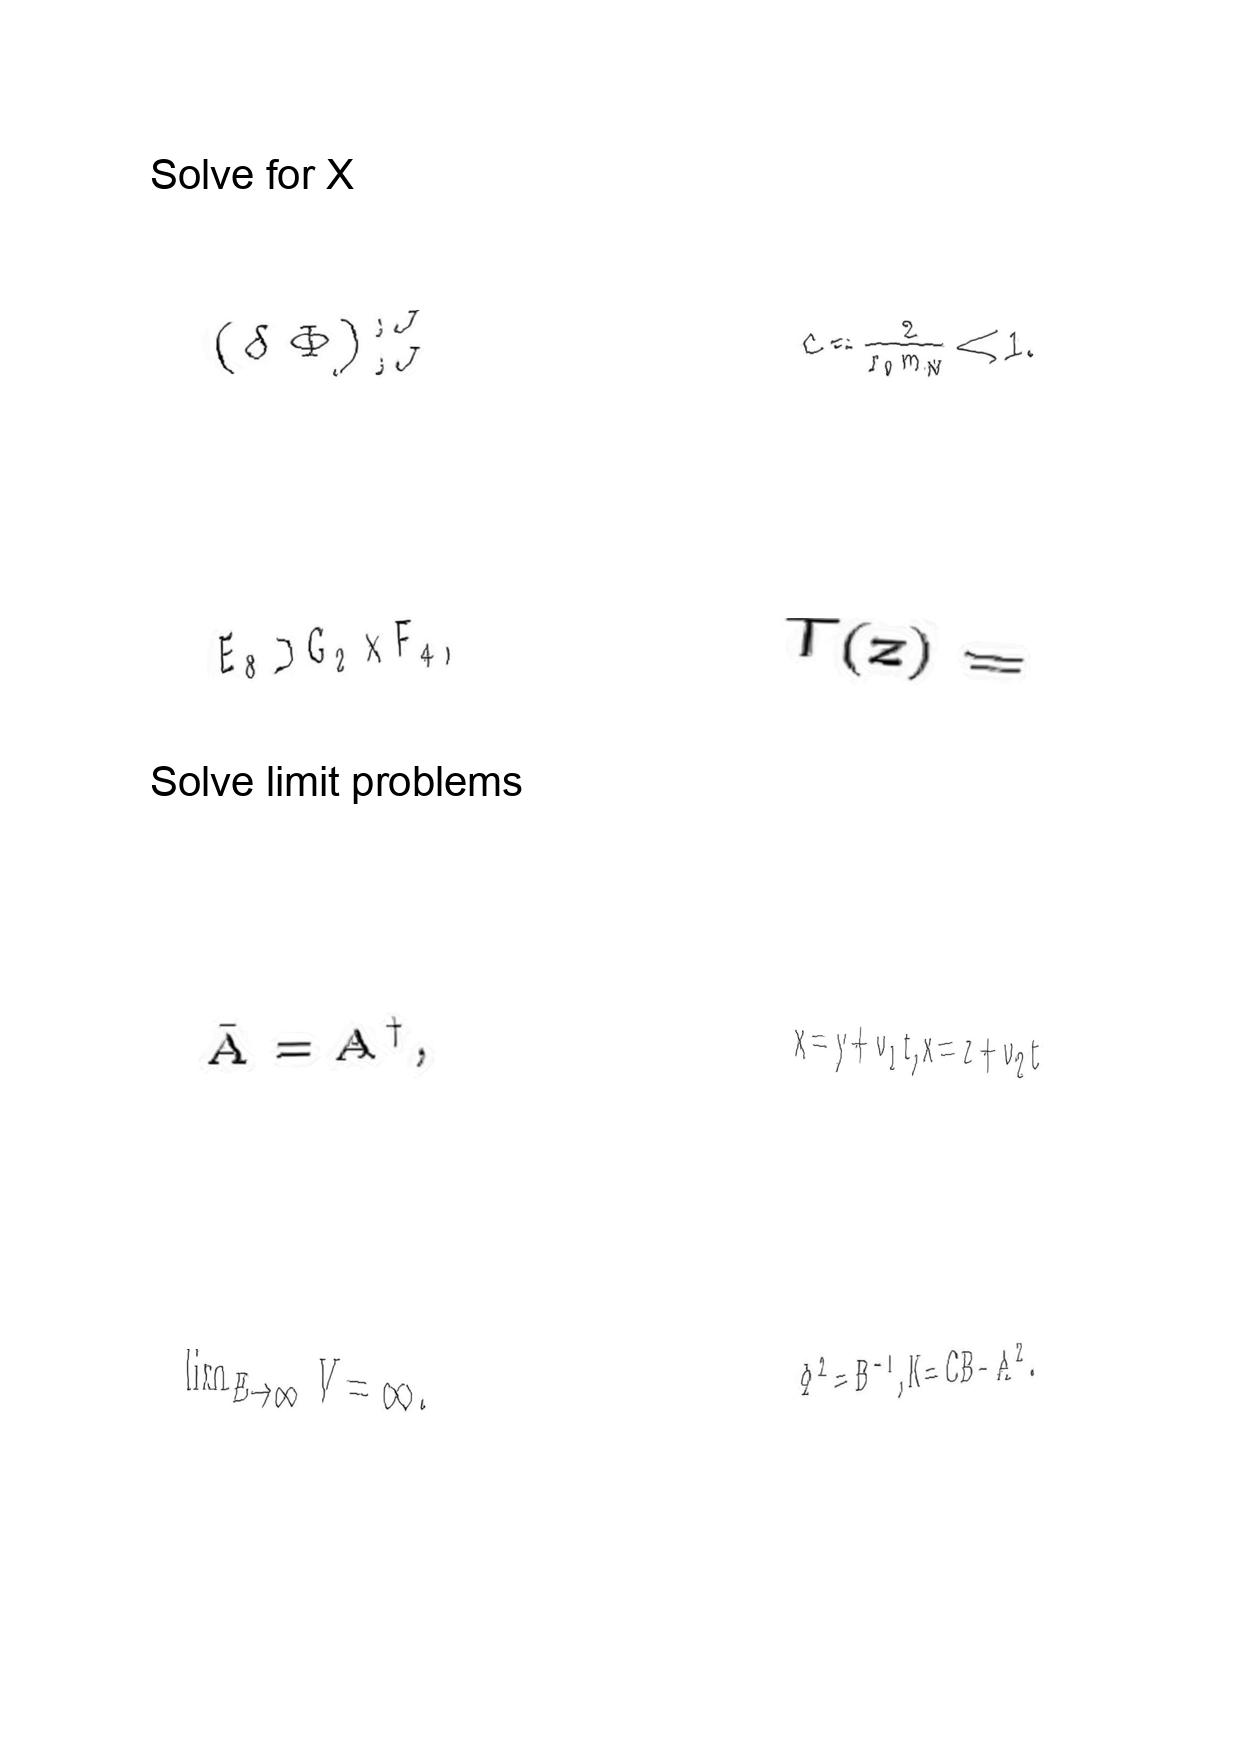
LaTeX transcription:
\lparen \delta \Phi \rparen _ { ; J } ^ { ; J }
E _ { 8 } \supset G _ { 2 } \times F _ { 4 } ,
\bar { A } = A ^ { \dagger } ,
\lim _ { E \to \infty } V = \infty .
c = \frac { 2 } { r _ { 0 } m _ { W } } \ll 1 .
T \lparen z \rparen =
x = y + v _ { 1 } t , x = z + v _ { 2 } t
\Phi ^ { 2 } = B ^ { - 1 } , K = C B - A ^ { 2 } .